Indian journal of veterinary science and animal husbandry - Volume 7,
Year: 1937
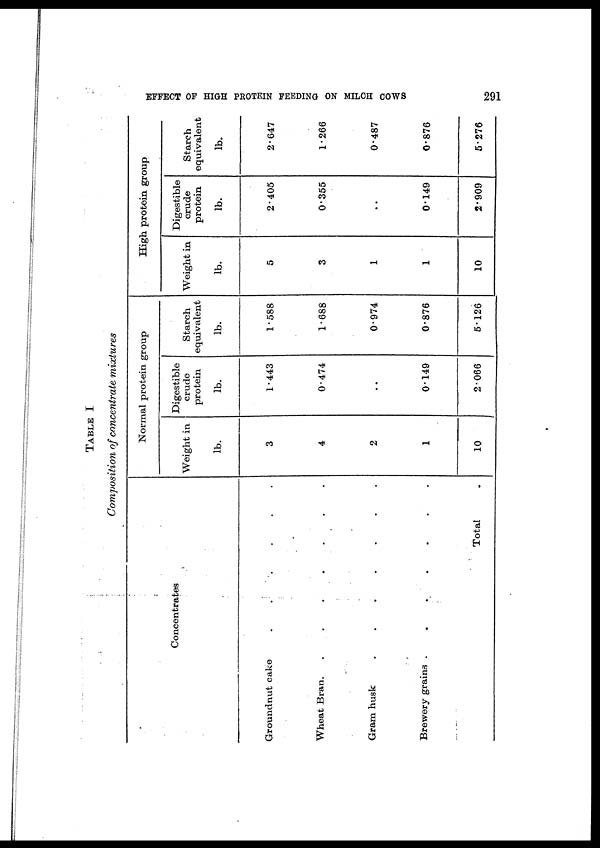
EFFECT OF HIGH PROTEIN FEEDING ON MILCH COWS
291
TABLE I
Composition of concentrate mixtures
Concentrates
Groundnut cake . . . . . .
Wheat Bran . . . . . .
Gram husk . . . . . .
Brewery grains . . . . . .
Total .
Normal protein group
Weight in
lb.
3
4
2
1
10
Digestible
crude
protein
lb.
1.443
0.474
..
0.149
2.066
Starch
equivalent
lb.
1.588
1.688
0.974
0.876
5.126
High protein group
Weight in
lb.
5
3
1
1
10
Digestible
crude
protein
lb.
2.405
0.355
..
0.149
2.909
Starch
equivalent
lb.
2.647
1.266
0.487
0.876
5.276